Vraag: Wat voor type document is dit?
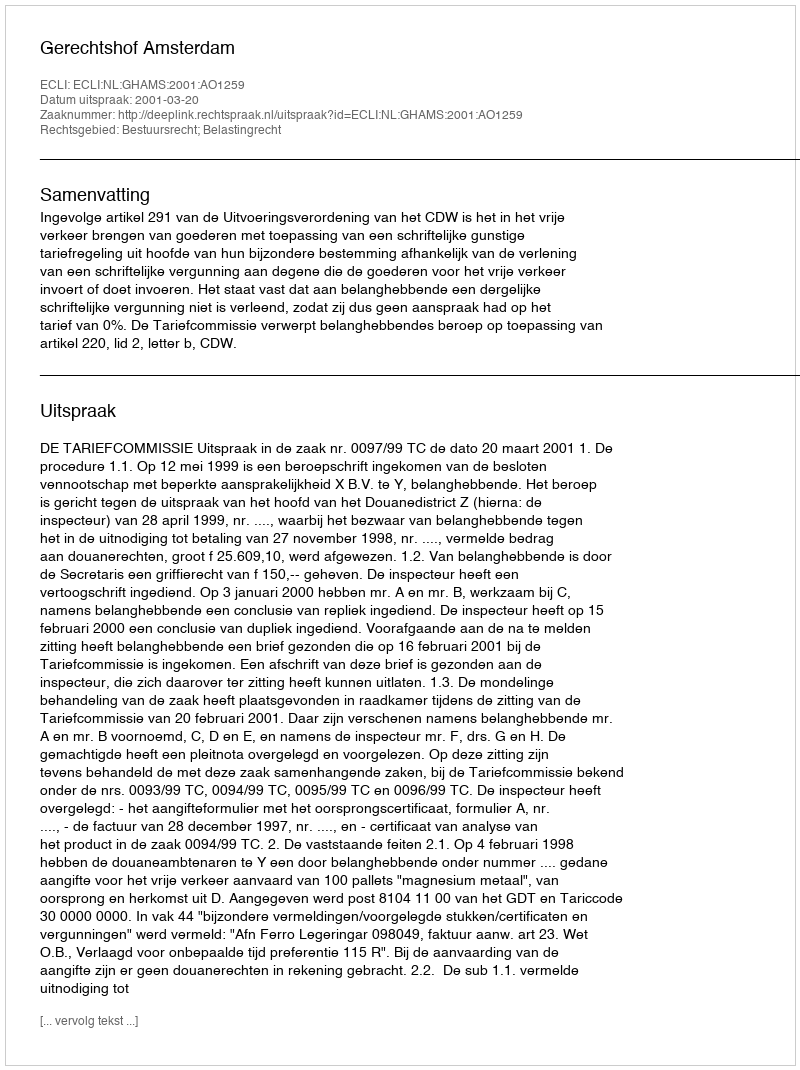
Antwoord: Uitspraak